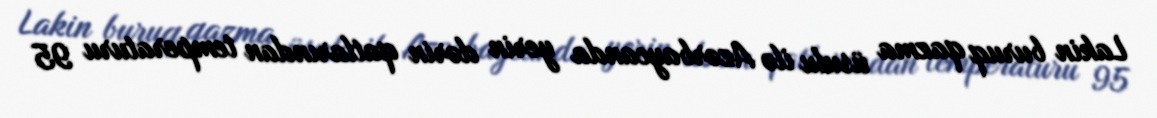
Lakin buruq qazma üsulu ilə Azərbaycanda yerin dərin qatlarından temperaturu 95